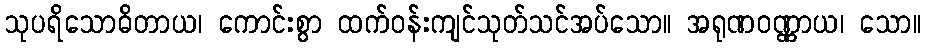
သုပရိသောဓိတာယ၊ ကောင်းစွာ ထက်ဝန်းကျင်သုတ်သင်အပ်သော။ အရုဏဝဏ္ဏာယ၊ သော။